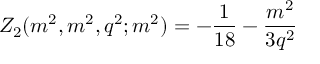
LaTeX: Z _ { 2 } ( m ^ { 2 } , m ^ { 2 } , q ^ { 2 } ; m ^ { 2 } ) = - \frac { 1 } { 1 8 } - \frac { m ^ { 2 } } { 3 q ^ { 2 } }